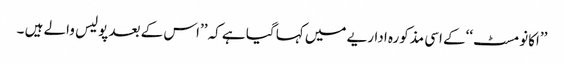
’’اکانومسٹ‘‘کے اسی مذکورہ اداریے میں کہا گیا ہے کہ ’’اس کے بعد پولیس والے ہیں ۔